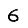
Digit: 6